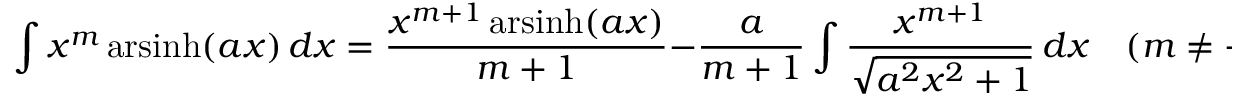
\int x ^ { m } \operatorname { a r s i n h } ( a x ) \, d x = { \frac { x ^ { m + 1 } \operatorname { a r s i n h } ( a x ) } { m + 1 } } - { \frac { a } { m + 1 } } \int { \frac { x ^ { m + 1 } } { \sqrt { a ^ { 2 } x ^ { 2 } + 1 } } } \, d x \quad ( m \neq - 1 )